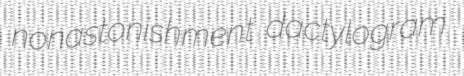
nonastonishment dactylogram